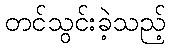
တင်သွင်းခဲ့သည့်